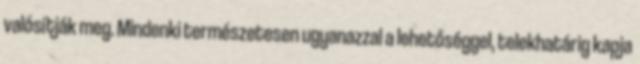
valósítják meg. Mindenki természetesen ugyanazzal a lehetőséggel, telekhatárig kapja